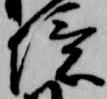
境